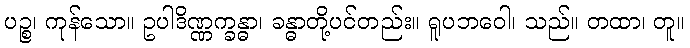
ပဉ္စ၊ ကုန်သော။ ဥပါဒိဏ္ဏက္ခန္ဓာ၊ ခန္ဓာတို့ပင်တည်း။ ရူပဘဝေါ၊ သည်။ တထာ၊ တူ။